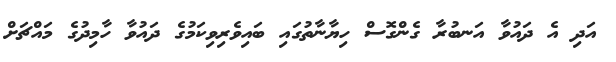
އަދި އެ ދައުވާ އަނބުރާ ގެންގޮސް ހިޔާނާތުގައި ބައިވެރިވިކަމުގެ ދައުވާ ހާމިދުގެ މައްޗަށް